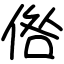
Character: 倃